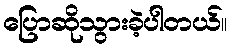
ပြောဆိုသွားခဲ့ပါတယ်။